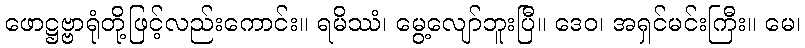
ဖောဋ္ဌဗ္ဗာရုံတို့ဖြင့်လည်းကောင်း။ ရမိဿံ၊ မွေ့လျော်ဘူးပြီ။ ဒေဝ၊ အရှင်မင်းကြီး။ မေ၊